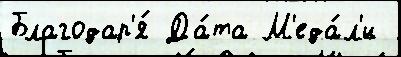
Благодар'я́ Да́та М'еда́л'и